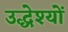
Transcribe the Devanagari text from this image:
उद्धेश्यों